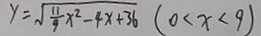
y = \sqrt { \frac { 1 1 } { 9 } x ^ { 2 } - 4 x + 3 6 } ( 0 < x < 9 )